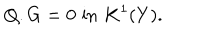
Q . G = 0 \, \, \mathrm { i n } \, \, K ^ { 1 } ( Y ) .